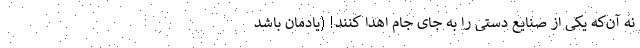
نه آن‌که یکی از صنایع دستی را به جای جام اهدا کنند! (یادمان باشد